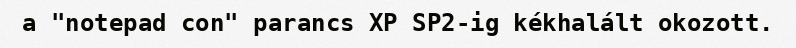
a "notepad con" parancs XP SP2-ig kékhalált okozott.